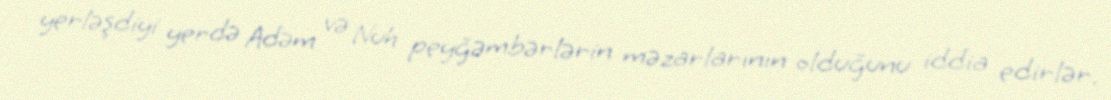
yerləşdiyi yerdə Adəm və Nuh peyğəmbərlərin məzarlarının olduğunu iddia edirlər.